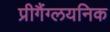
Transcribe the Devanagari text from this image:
प्रीगैंग्लयनिक